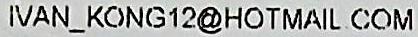
IVAN_KONG12@HOTMAIL.COM